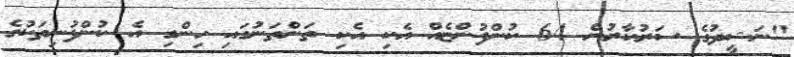
"ނަޝީދުގެ ސަރުކާރުން 64 ކުންފުންޏެއް އެކި އެކި ތަންތަނުގައި ހިންގި އެ ކުންފުނިތަކުގެ